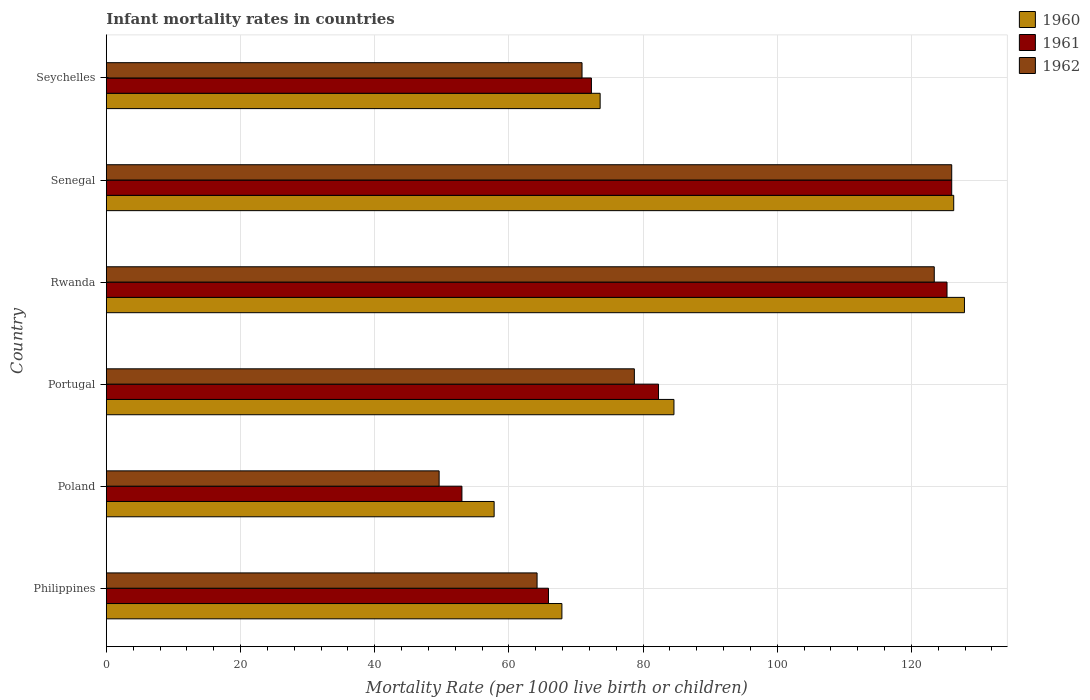
| Country | 1960 | 1961 | 1962 |
 | --- | --- | --- | --- |
 | Philippines | 67.9 | 65.9 | 64.2 |
 | Poland | 57.8 | 53 | 49.6 |
 | Portugal | 84.6 | 82.3 | 78.7 |
 | Rwanda | 128 | 125 | 123 |
 | Senegal | 126 | 126 | 126 |
 | Seychelles | 73.6 | 72.3 | 70.9 |